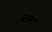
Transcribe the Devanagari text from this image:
जैवसंगत